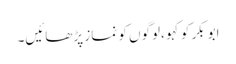
ابوبکر کو کہو ،لوگوں کو نماز پڑھائیں۔